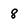
Character: 8